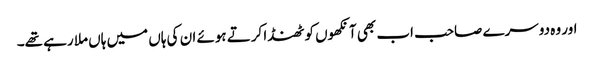
اور وہ دوسرے صاحب اب بھی آنکھوں کو ٹھنڈا کرتے ہوئے ان کی ہاں میں ہاں ملا رہے تھے۔